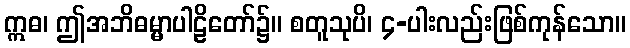
ဣဓ၊ ဤအဘိဓမ္မာပါဠိတော်၌။ စတူသုပိ၊ ၄-ပါးလည်းဖြစ်ကုန်သော။